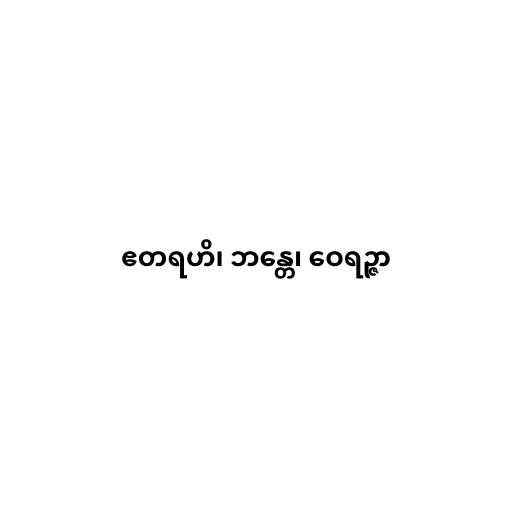
ဧတရဟိ၊ ဘန္တေ၊ ဝေရဉ္ဇာ